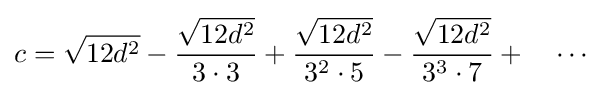
c={\sqrt {12d^{2}}}-{\frac {\sqrt {12d^{2}}}{3\cdot 3}}+{\frac {\sqrt {12d^{2}}}{3^{2}\cdot 5}}-{\frac {\sqrt {12d^{2}}}{3^{3}\cdot 7}}+\quad \cdots